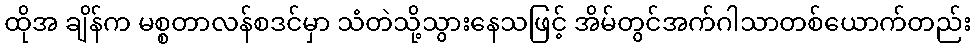
ထိုအ ချိန်က မစ္စတာလန်စဒင်မှာ သံတဲသို့သွားနေသဖြင့် အိမ်တွင်အက်ဂါသာတစ်ယောက်တည်း